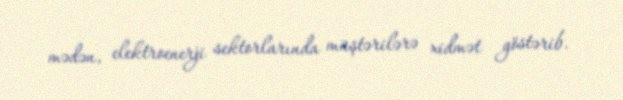
mədən, elektroenerji sektorlarında müştərilərə xidmət göstərib.